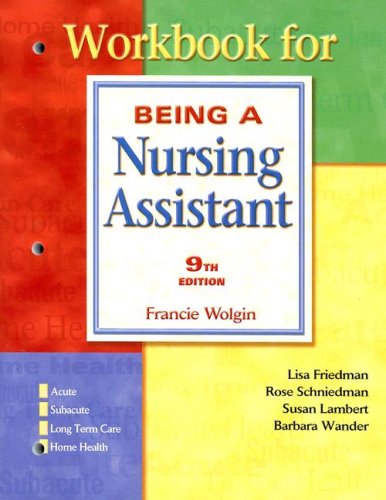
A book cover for Workbook Being A Nursing Assistant; Rose Schniedman; Medical Books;